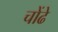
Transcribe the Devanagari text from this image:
चोंढे